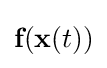
{\textbf {f}}({\textbf {x}}(t))